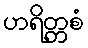
ဟရိတ္တစံ